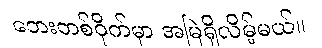
ဘေးတစ်ဝိုက်မှာ အမြဲရှိလိမ့်မယ်။